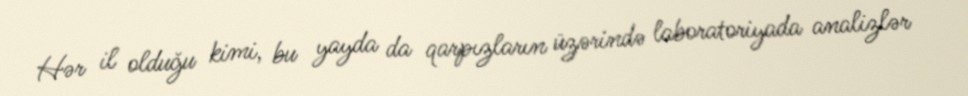
Hər il olduğu kimi, bu yayda da qarpızların üzərində laboratoriyada analizlər